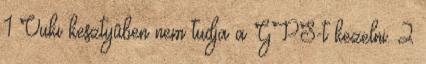
1 Vuki kesztyûben nem tudja a GPS-t kezelni. 2